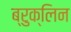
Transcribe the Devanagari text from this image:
ब्रुक्लिन